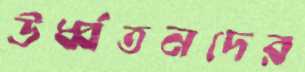
ঊর্ধ্বতনদের